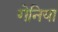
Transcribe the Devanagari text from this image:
गेनिया